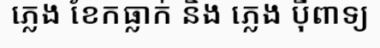
ភ្លេង ខែកធ្លាក់ និង ភ្លេង ប៉ីពាទ្យ